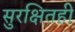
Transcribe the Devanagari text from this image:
सुरक्षितही